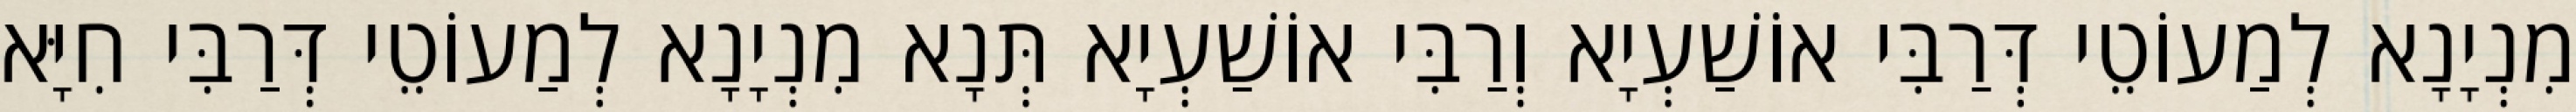
מִנְיָנָא לְמַעוֹטֵי דְּרַבִּי אוֹשַׁעְיָא וְרַבִּי אוֹשַׁעְיָא תְּנָא מִנְיָנָא לְמַעוֹטֵי דְּרַבִּי חִיָּא